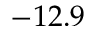
- 1 2 . 9